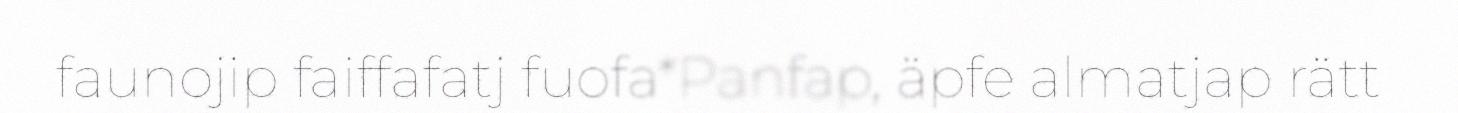
faunojip faiffafatj fuofa*Panfap, äpfe almatjap rätt